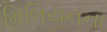
મિલિયનના